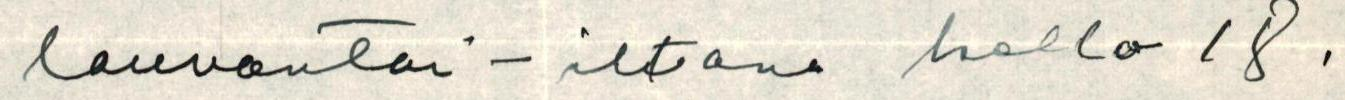
lauvantai-iltana kello 18.